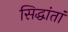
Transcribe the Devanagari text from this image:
सिद्धांतां